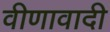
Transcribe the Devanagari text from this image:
वीणावादी